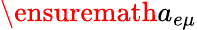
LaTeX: \ensuremath{a_{e\mu}}